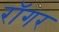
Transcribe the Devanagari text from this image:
रॉगर